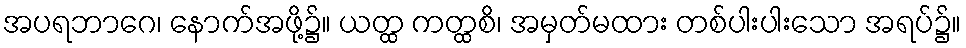
အပရဘာဂေ၊ နောက်အဖို့၌။ ယတ္ထ ကတ္ထစိ၊ အမှတ်မထား တစ်ပါးပါးသော အရပ်၌။